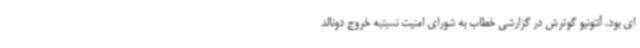
ای بود. آنتونیو گوترش در گزارشی خطاب به شورای امنیت نسبتبه خروج دونالد